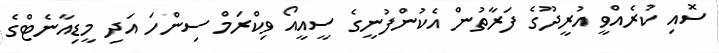
ސޮއި ކުރެއްވީ އުރީދޫގެ ފަރާތުން އެކުންފުނީގެ ސީއީއޯ ވިކްރަމް ސިންހަ އަދި މީޑިއާނެޓްގެ